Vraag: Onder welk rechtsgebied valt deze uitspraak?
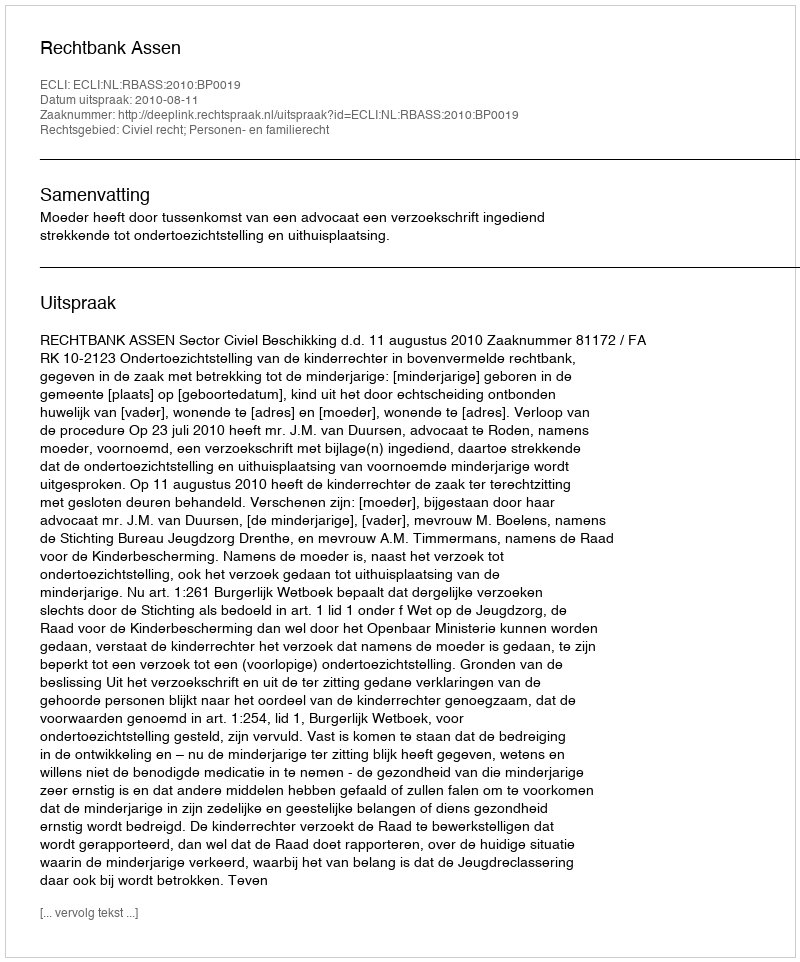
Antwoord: Civiel recht; Personen- en familierecht